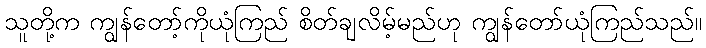
သူတို့က ကျွန်တော့်ကိုယုံကြည် စိတ်ချလိမ့်မည်ဟု ကျွန်တော်ယုံကြည်သည်။